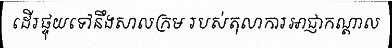
ដើរផ្ទុយទៅនឹងសាលក្រម របស់តុលាការអាជ្ញាកណ្តាល